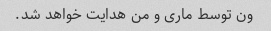
ون توسط ماری و من هدایت خواهد شد.